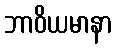
ဘာဝိယမာနာ